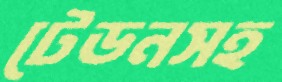
টেডনসহ